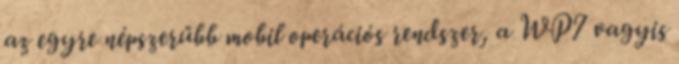
az egyre népszerűbb mobil operációs rendszer, a WP7 vagyis